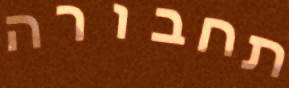
תחבורה